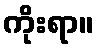
ကိုးရာ။